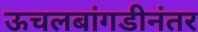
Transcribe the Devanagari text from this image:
ऊचलबांगडीनंतर